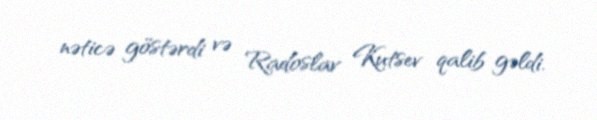
nəticə göstərdi və Radoslav Kutsev qalib gəldi.